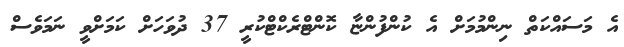
އެ މަސައްކަތް ނިންމުމަށް އެ ކުންފުންޏާ ކޮންޓްރެކްޓްކުރީ 37 ދުވަހަށް ކަމަށްވީ ނަމަވެސް